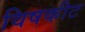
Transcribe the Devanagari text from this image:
विषकीट